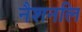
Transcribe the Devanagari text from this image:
नैशनलि